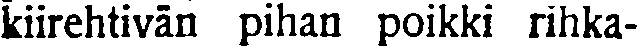
kiirehtivän pihan poikki rihka-